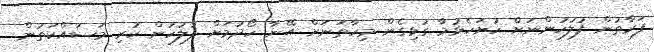
ފަރާތުން ފުލުހުންނަށް ހުށަހެޅުމާ ގުޅިގެން މިހާތަަނަށް އޭނާ ހޯދުމަށް ފުލުހުން ކުރި މަސައްކަތުން